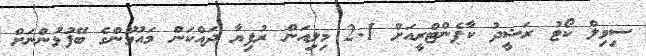
ސިވިލް ކޯޓު ރަޝީދު ކާޕެންޓްރީއަށް 2.1 މިލިއަން ރުފިޔާ ދައްކަން މައުމޫންގެ ބޭފުޅުންނަށް